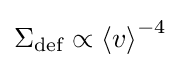
{\Sigma }_{\text{def}}\propto {\left\langle v\right\rangle }^{-4}